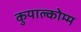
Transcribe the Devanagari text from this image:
कुयाल्कोम्म